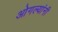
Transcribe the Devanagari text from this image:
ओगल्यांनी